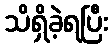
သိရှိခဲ့ရပြီး